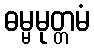
ဓမ္မမုတ္တမံ